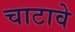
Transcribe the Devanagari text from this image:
चाटावे